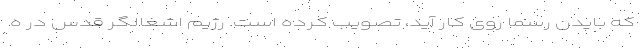
که بایدن رسماً روی کار آید، تصویب کرده است. رژیم اشغالگر قدس در ه